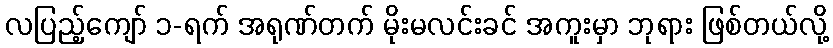
လပြည့်ကျော် ၁-ရက် အရုဏ်တက် မိုးမလင်းခင် အကူးမှာ ဘုရား ဖြစ်တယ်လို့